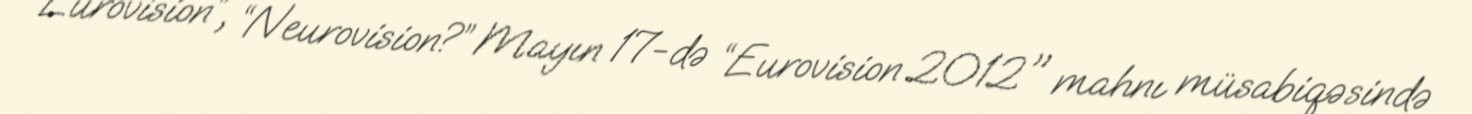
“Eurovision”, “Neurovision?” Mayın 17-də “Eurovision 2012" mahnı müsabiqəsində